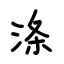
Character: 涤